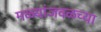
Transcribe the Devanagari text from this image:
मळ्यांजवळच्या